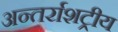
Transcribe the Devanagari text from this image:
अन्तर्राशट्रीय